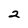
Character: 2